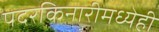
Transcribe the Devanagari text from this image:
पदरकिनारीमध्येही